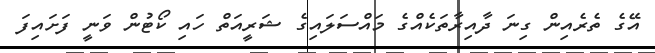
އޭގެ ތެރެއިން ގިނަ ދާއިރާތަކެއްގެ މައްސަލައިގެ ޝަރީއަތް ހައި ކޯޓުން ވަނީ ފަށައިފަ